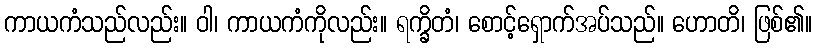
ကာယကံသည်လည်း။ ဝါ၊ ကာယကံကိုလည်း။ ရက္ခိတံ၊ စောင့်ရှောက်အပ်သည်။ ဟောတိ၊ ဖြစ်၏။